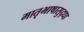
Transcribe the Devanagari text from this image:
मातृभाषासुद्धा